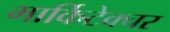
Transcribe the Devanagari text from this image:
मार्किटेक्चर